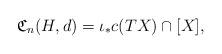
LaTeX: \begin{align*}\mathfrak{C}_n(H,d)=\iota_*c(TX)\cap [X],\end{align*}